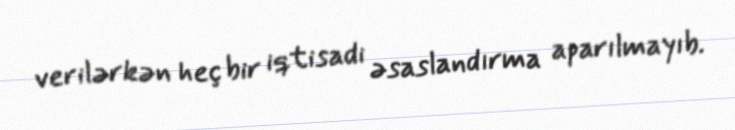
verilərkən heç bir iqtisadi əsaslandırma aparılmayıb.